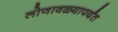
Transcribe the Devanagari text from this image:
लोणावळ्यापर्यंत